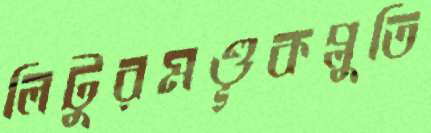
লিটুরমণ্ডূকপ্লুতি